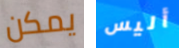
يمكن أليس